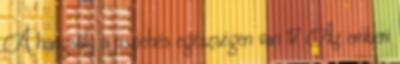
A hangsúly a pszichés egészségen van 17 Az emberi